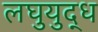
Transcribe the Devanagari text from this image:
लघुयुद्ध